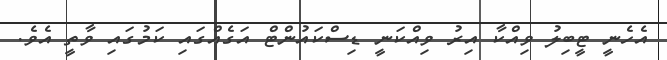
އެހެނީ ޓީބިލު ވިއްކާ އިރު ވިއްކަނީ ޑިސްކައުންޓް އަގެއްގައި ކަމުގައި ވާތީ އެވެ.